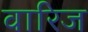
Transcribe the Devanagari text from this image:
वारिज